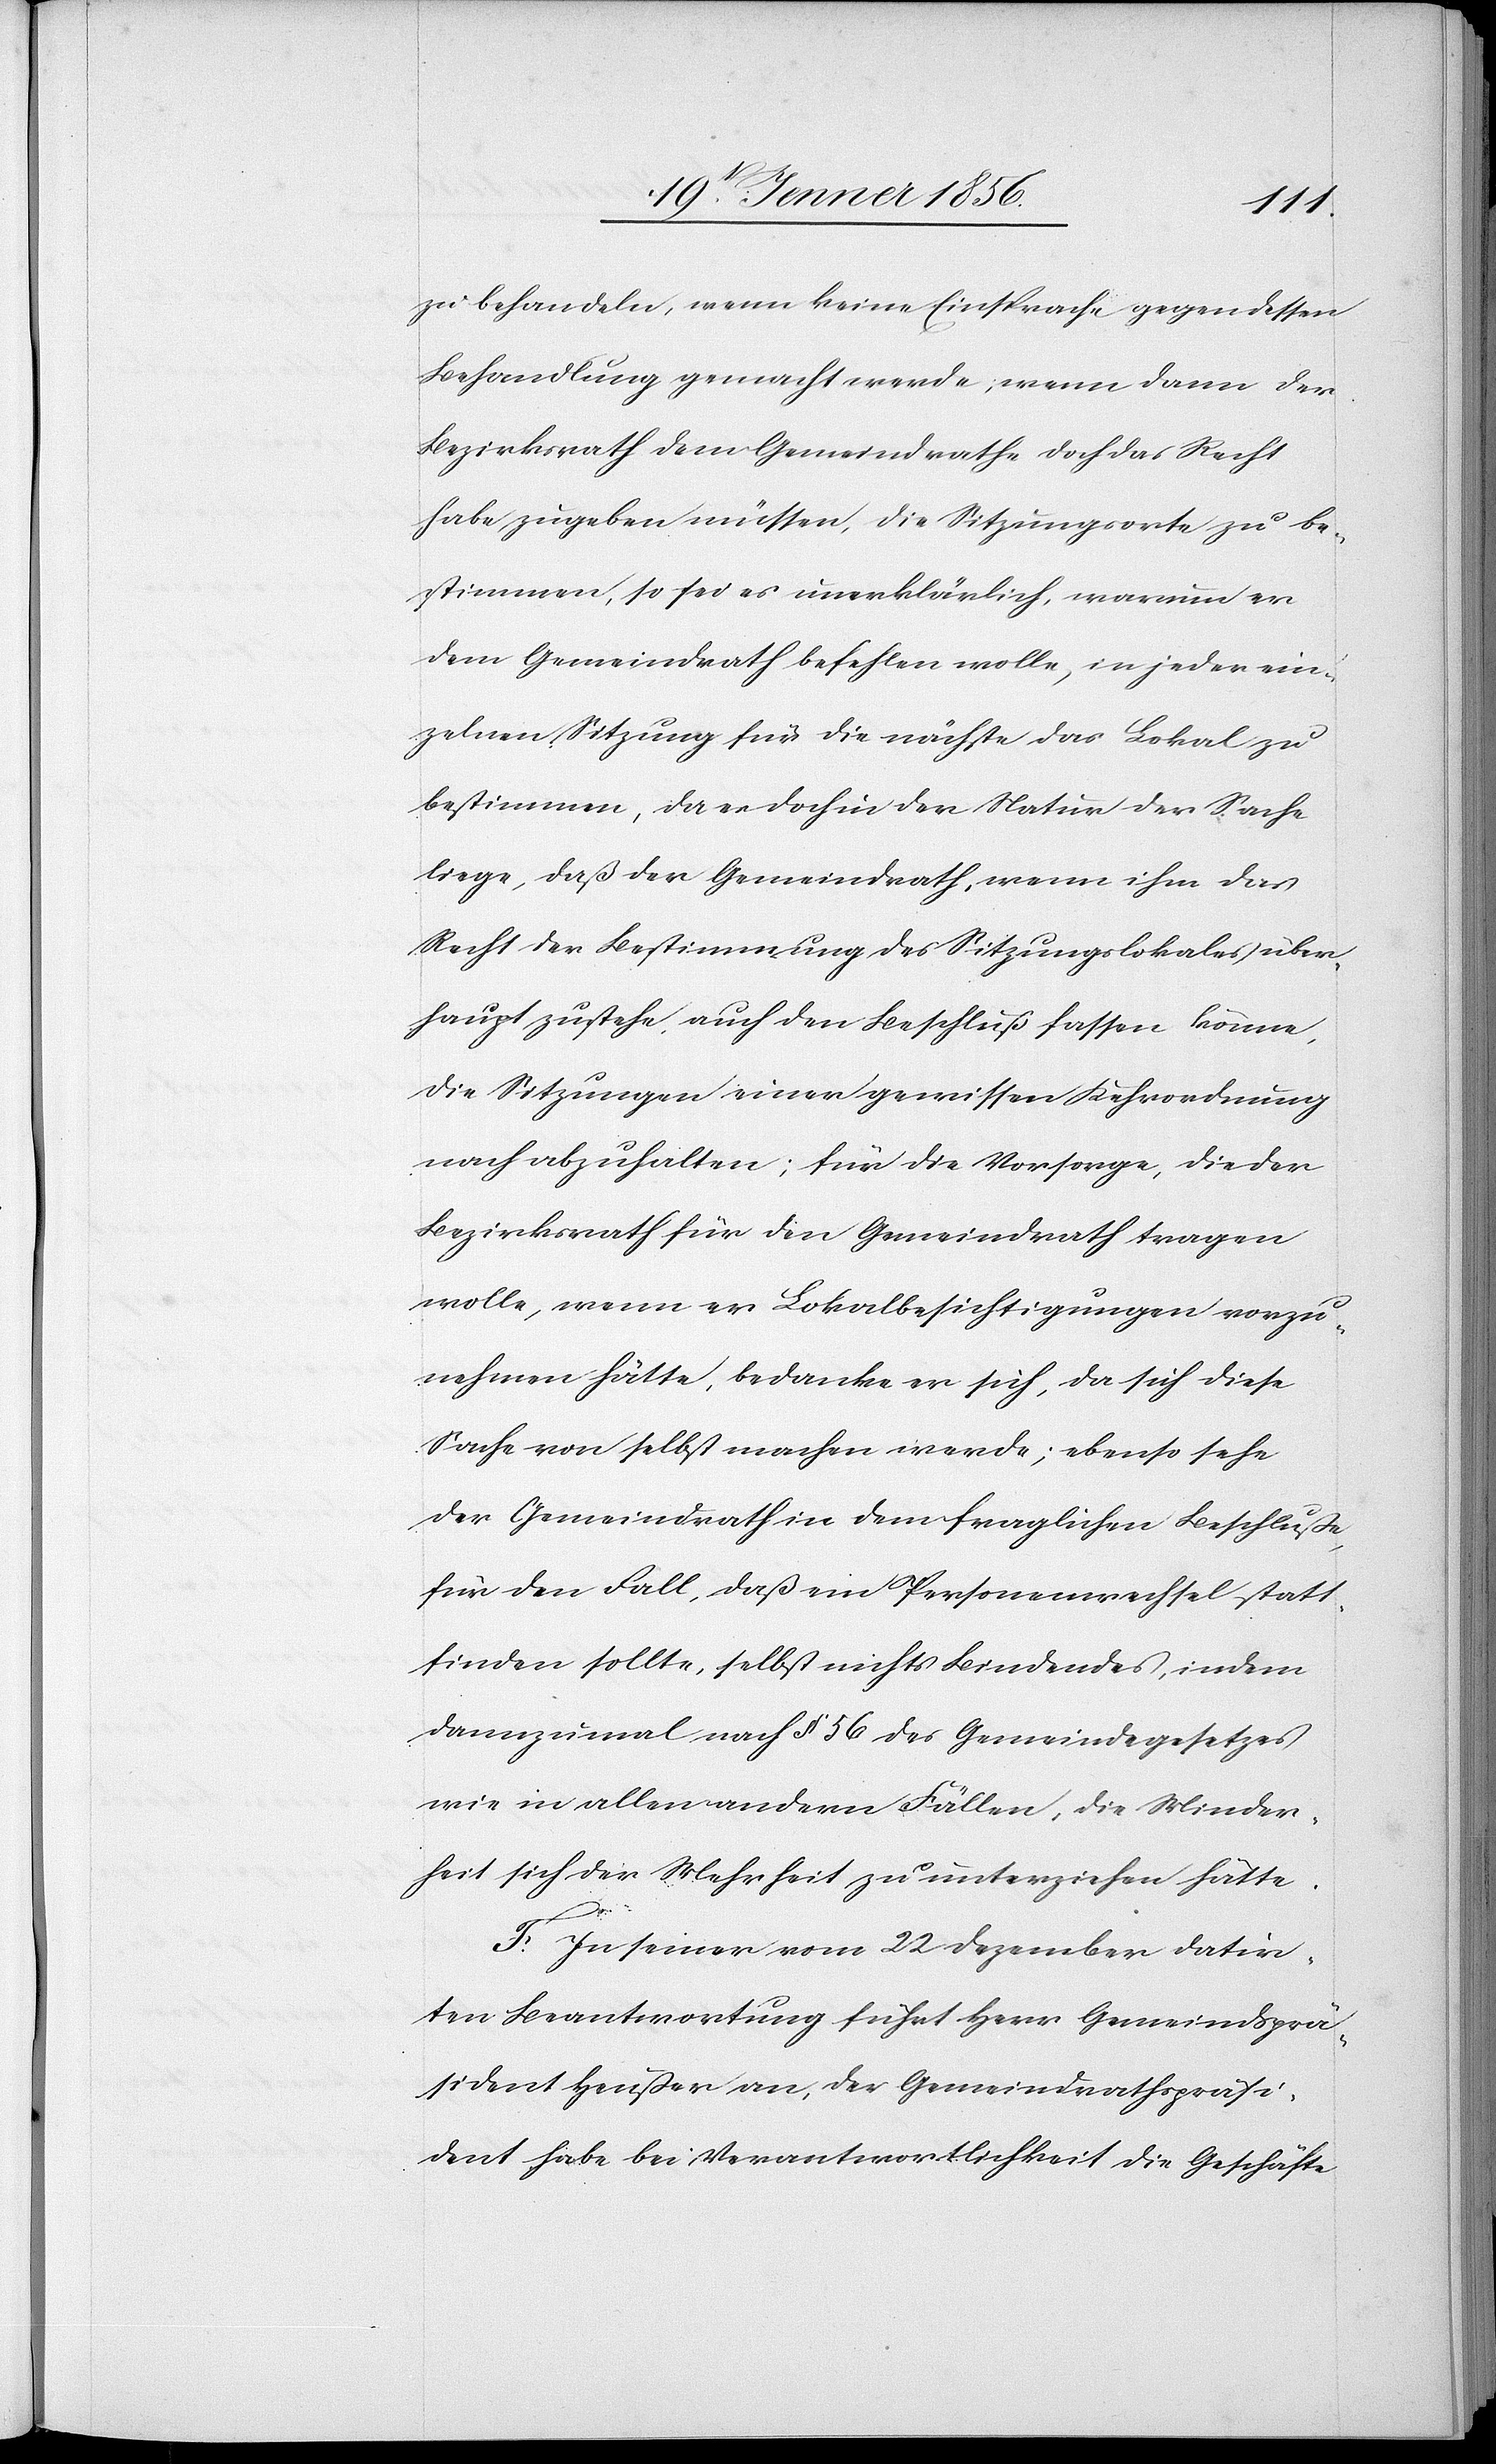
zu behandeln, wenn keine Einsprache gegen dessen
Behandlung gemacht werde; wenn dann der
Bezirksrath dem Gemeindrathe doch das Recht
habe zugeben müssen, die Sitzungsorte zu be¬
stimmen, so sei des unerklärlich, warum er
dem Gemeindrath befehlen wolle, in jeder ein¬
zelnen Sitzung für die nächste das Lokal zu
bestimmen, da es doch in der Natur der Sache
liege, daß der Gemeindrath, wenn ihm das
Recht der Bestimmung des Sitzungslokales über¬
haupt zustehe, auch den Beschluß fassen könne,
die Sitzungen einer gewissen Kehrordnung
nach abzuhalten; für die Vorsorge, die der
Bezirksrath für den Gemeindrath tragen
wolle, wenn er Lokalbesichtigungen vorzu¬
nehmen hätte, bedanke er sich, da sich diese
Sache von selbst machen werde; ebenso sehr
der Gemeindrath in dem fraglichen Beschluße
für den Fall, daß ein Personenwechsel statt¬
finden sollte, selbst nichts Bindendes, indem
dannzumal nach § 56 des Gemeindegesetzes
wie in allen andern Fällen, die Minder¬
heit sich der Mehrheit zu unterziehen hätte.
F. In seiner vom 22 Dezember datir¬
ten Beantwortung führt Herr Gemeindsprä¬
sident Heußer an, der Gemeindrathspräsi¬
dent habe bei Verantwortlichkeit die Geschäfte